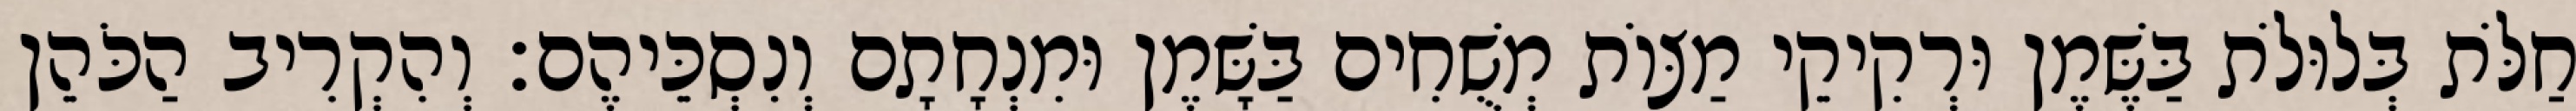
חַלֹּת בְּלוּלֹת בַּשֶּׁמֶן וּרְקִיקֵי מַצּוֹת מְשֻׁחִים בַּשָּׁמֶן וּמִנְחָתָם וְנִסְכֵּיהֶם׃ וְהִקְרִיב הַכֹּהֵן